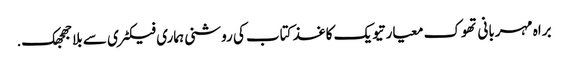
براہ مہربانی تھوک معیار تیویک کاغذ کتاب کی روشنی ہماری فیکٹری سے بلا جھجھک.